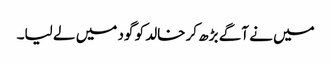
میں نے آگے بڑھ کر خالد کو گود میں لے لیا۔